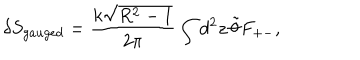
\delta S _ { g a u g e d } = \frac { k \sqrt { R ^ { 2 } - 1 } } { 2 \pi } \int d ^ { 2 } z \, \tilde { \theta } F _ { + - } ,